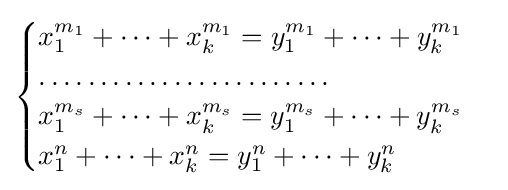
{\begin{cases}x_{1}^{m_{1}}+\dots +x_{k}^{m_{1}}=y_{1}^{m_{1}}+\dots +y_{k}^{m_{1}}\\\dots \dots \dots \dots \dots \dots \dots \dots \\x_{1}^{m_{s}}+\dots +x_{k}^{m_{s}}=y_{1}^{m_{s}}+\dots +y_{k}^{m_{s}}\\x_{1}^{n}+\dots +x_{k}^{n}=y_{1}^{n}+\dots +y_{k}^{n}\end{cases}}